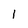
Character: l